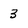
Character: 3